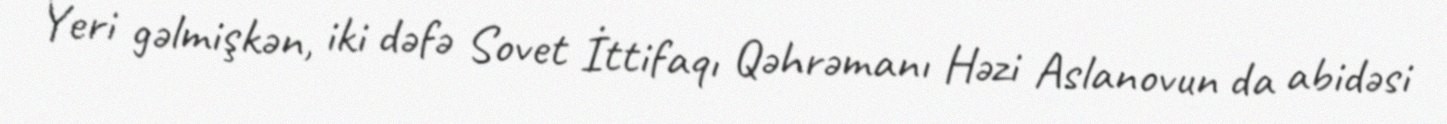
Yeri gəlmişkən, iki dəfə Sovet İttifaqı Qəhrəmanı Həzi Aslanovun da abidəsi